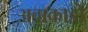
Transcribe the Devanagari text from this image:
अवाकाडो